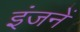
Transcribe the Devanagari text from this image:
इंजनें